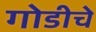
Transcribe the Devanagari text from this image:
गोडीचे